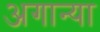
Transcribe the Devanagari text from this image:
अगान्या